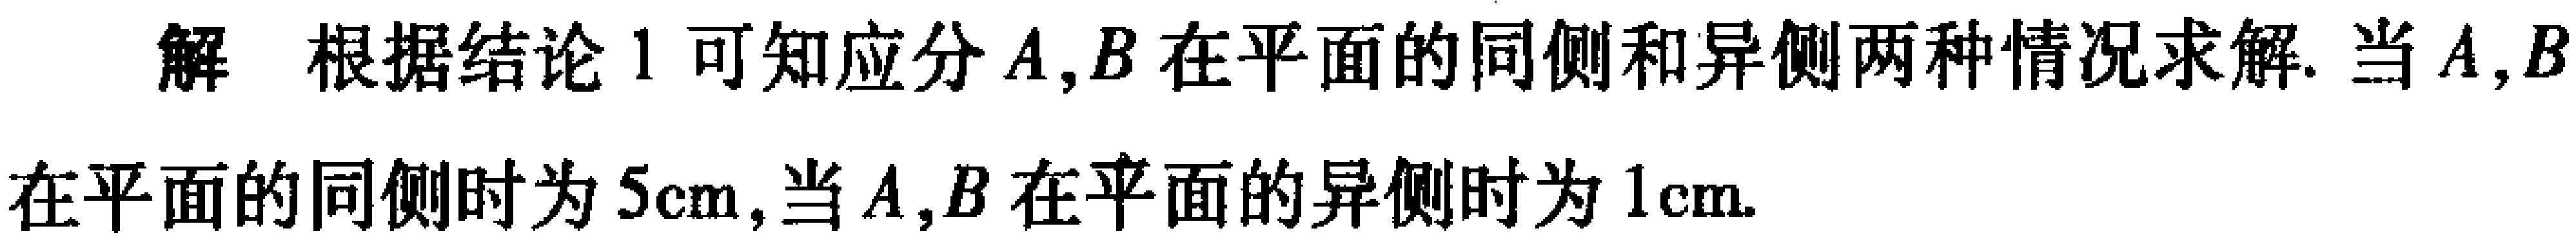
解 根据结论 1 可知应分\(A,B\)在平面的同侧和异侧两种情况求解. 当\(A,B\)在平面的同侧时为\(5\mathrm{cm}\),当\(A,B\)在平面的异侧时为\(1\mathrm{cm}\).